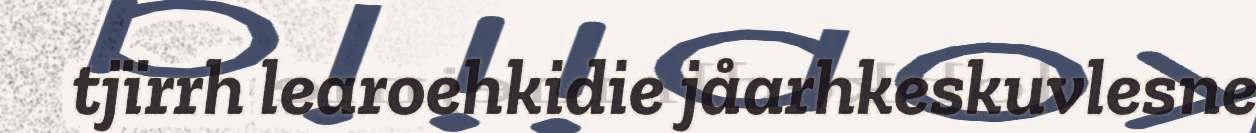
tjïrrh learoehkidie jåarhkeskuvlesne